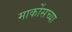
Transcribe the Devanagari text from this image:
मार्कोसच्या